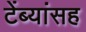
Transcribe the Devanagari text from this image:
टेंब्यांसह